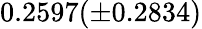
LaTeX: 0.2597(\pm 0.2834)